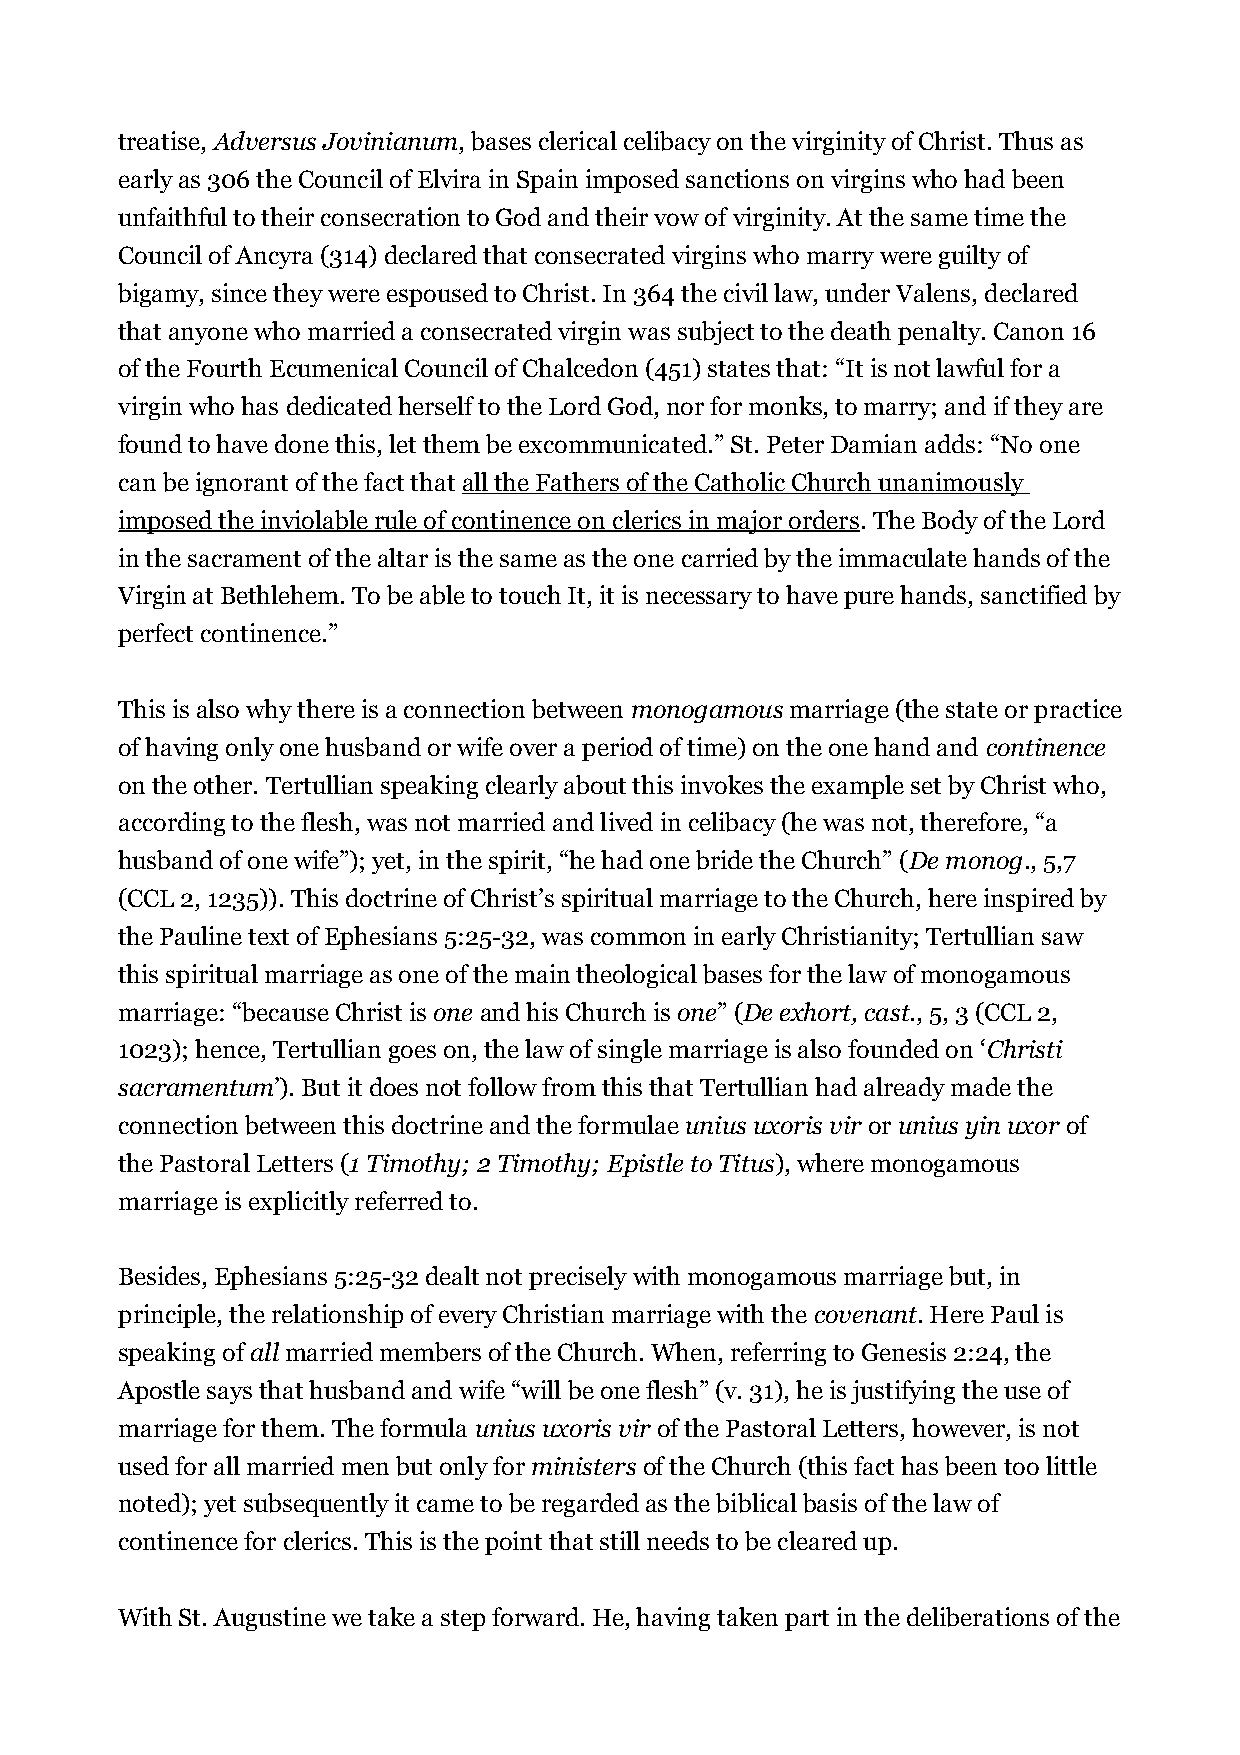
treatise, Adversus Jovinianum, bases clerical celibacy on the virginity of Christ. Thus as
 early as 306 the Council of Elvira in Spain imposed sanctions on virgins who had been
 unfaithful to their consecration to God and their vow of virginity. At the same time the
 Council of Ancyra (314) declared that consecrated virgins who marry were guilty of
 bigamy, since they were espoused to Christ. In 364 the civil law, under Valens, declared
 that anyone who married a consecrated virgin was subject to the death penalty. Canon 16
 of the Fourth Ecumenical Council of Chalcedon (451) states that: “It is not lawful for a
 virgin who has dedicated herself to the Lord God, nor for monks, to marry; and if they are
 found to have done this, let them be excommunicated.” St. Peter Damian adds: “No one
 can be ignorant of the fact that all the Fathers of the Catholic Church unanimously
 imposed the inviolable rule of continence on clerics in major orders. The Body of the Lord
 in the sacrament of the altar is the same as the one carried by the immaculate hands of the
 Virgin at Bethlehem. To be able to touch It, it is necessary to have pure hands, sanctified by
 perfect continence.”
 This is also why there is a connection between monogamous marriage (the state or practice
 of having only one husband or wife over a period of time) on the one hand and continence
 on the other. Tertullian speaking clearly about this invokes the example set by Christ who,
 according to the flesh, was not married and lived in celibacy (he was not, therefore, “a
 husband of one wife”); yet, in the spirit, “he had one bride the Church” (De monog., 5,7
 (CCL 2, 1235)). This doctrine of Christ’s spiritual marriage to the Church, here inspired by
 the Pauline text of Ephesians 5:25-32, was common in early Christianity; Tertullian saw
 this spiritual marriage as one of the main theological bases for the law of monogamous
 marriage: “because Christ is one and his Church is one” (De exhort, cast., 5, 3 (CCL 2,
 1023); hence, Tertullian goes on, the law of single marriage is also founded on ‘Christi
 sacramentum’). But it does not follow from this that Tertullian had already made the
 connection between this doctrine and the formulae unius uxoris vir or unius yin uxor of
 the Pastoral Letters (1 Timothy; 2 Timothy; Epistle to Titus), where monogamous
 marriage is explicitly referred to.
 Besides, Ephesians 5:25-32 dealt not precisely with monogamous marriage but, in
 principle, the relationship of every Christian marriage with the covenant. Here Paul is
 speaking of all married members of the Church. When, referring to Genesis 2:24, the
 Apostle says that husband and wife “will be one flesh” (v. 31), he is justifying the use of
 marriage for them.The formula unius uxoris vir of the Pastoral Letters, however, is not
 used for all married men but only for ministers of the Church (this fact has been too little
 noted); yet subsequently it came to be regarded as the biblical basis of the law of
 continence for clerics. This is the point that still needs to be cleared up.
 With St. Augustine we take a step forward. He, having taken part in the deliberations of the